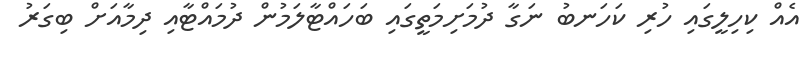
އެއް ކިހިލީގައި ހުރި ކަހަނބު ނަގާ ދުމަށިމަތީގައި ބަހައްޓާލަމުން ދުމައްޓާއި ދިމާއަށް ބިގަރު